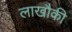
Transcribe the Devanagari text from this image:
लाखौकी